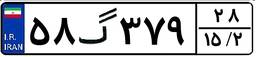
۵۸گ۳۷۹۲۸